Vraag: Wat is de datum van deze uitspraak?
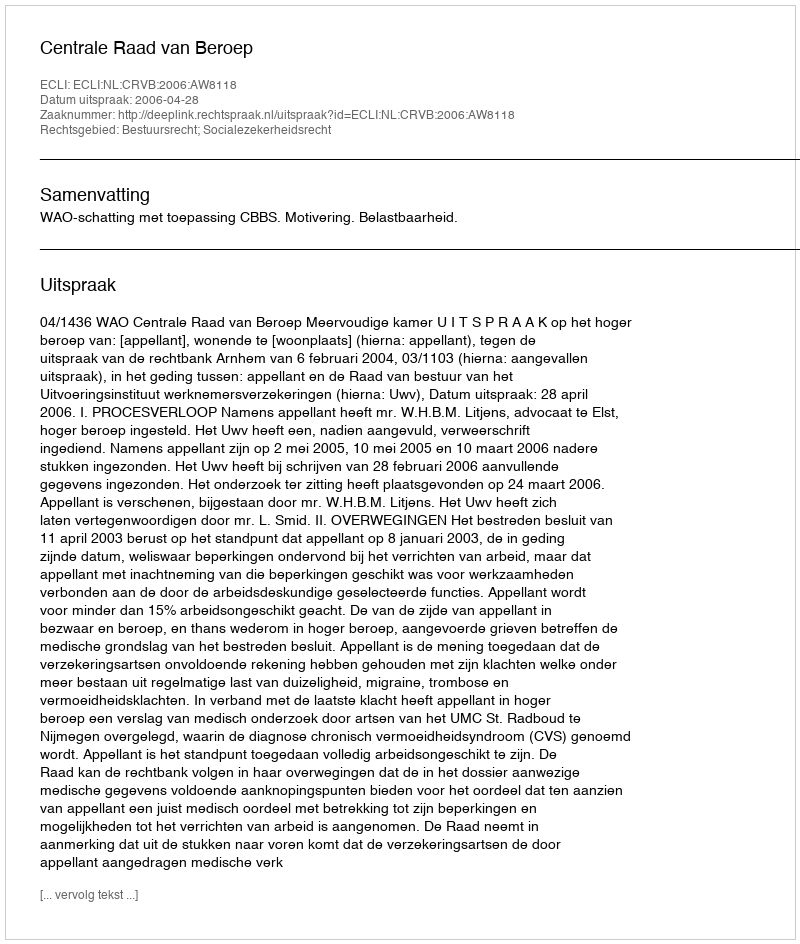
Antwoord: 2006-04-28